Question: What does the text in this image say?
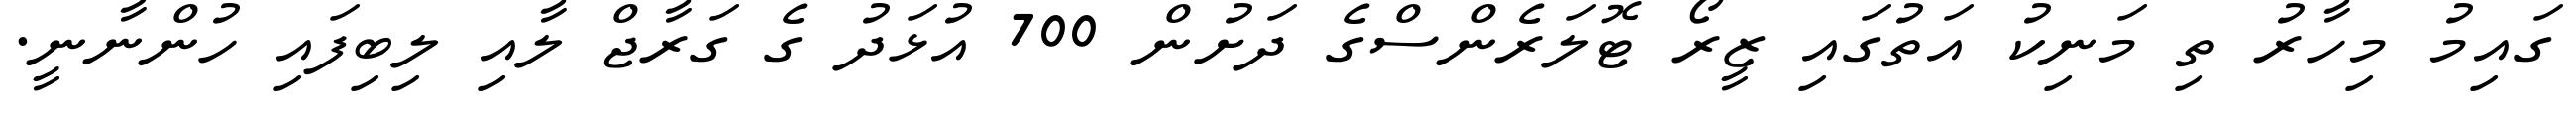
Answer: ގައިމު މިހާރު ތި މަނިކު އަތުގައި ޒީރޯ ޓޮލަރެންސްގެ ދަށުން 700 އުޅަދު ގެ ގަރާޖް ލާއި ލިބިފައި ހުންނާނީ.